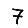
Digit: 7